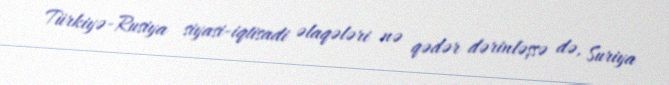
Türkiyə-Rusiya siyasi-iqtisadi əlaqələri nə qədər dərinləşsə də, Suriya